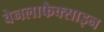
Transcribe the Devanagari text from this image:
वेनलाफैक्साइन